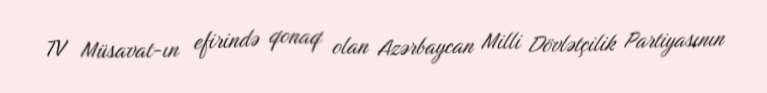
TV Müsavat-ın efirində qonaq olan Azərbaycan Milli Dövlətçilik Partiyasının